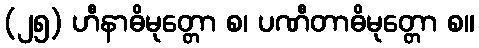
(၂၅) ဟီနာဓိမုတ္တော စ၊ ပဏီတာဓိမုတ္တော စ။